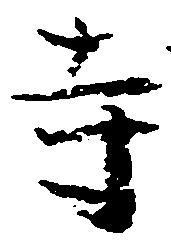
寺